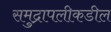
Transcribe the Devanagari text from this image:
समुद्रापलीकडील